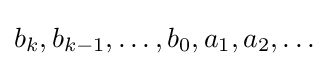
b_{k},b_{k-1},\ldots ,b_{0},a_{1},a_{2},\ldots